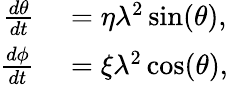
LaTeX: \begin{array}{rl}{\frac{d\theta}{dt}}&{{}=\eta\lambda^{2}\sin(\theta),}\\ {\frac{d\phi}{dt}}&{{}=\xi\lambda^{2}\cos(\theta),}\end{array}